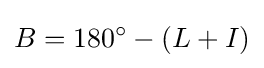
B=180^{\circ }-(L+I)